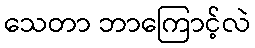
သေတာ ဘာကြောင့်လဲ